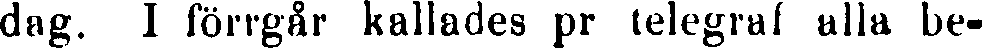
dag. I förrgår kallades pr telegraf alla be-